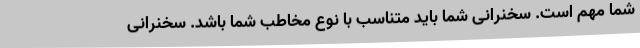
شما مهم است. سخنرانی شما باید متناسب با نوع مخاطب شما باشد. سخنرانی